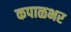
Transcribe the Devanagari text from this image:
कपाळभर